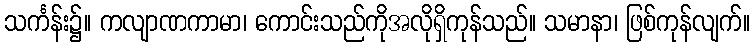
သင်္ကန်း၌။ ကလျာဏကာမာ၊ ကောင်းသည်ကိုအလိုရှိကုန်သည်။ သမာနာ၊ ဖြစ်ကုန်လျက်။